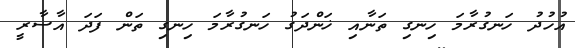
އުހުދު ހަނގުރާމަ ހިނގި ތަނާއި ޚަންދަގު ހަނގުރާމަ ހިނގި ތަން ފަދަ އާސާރީ